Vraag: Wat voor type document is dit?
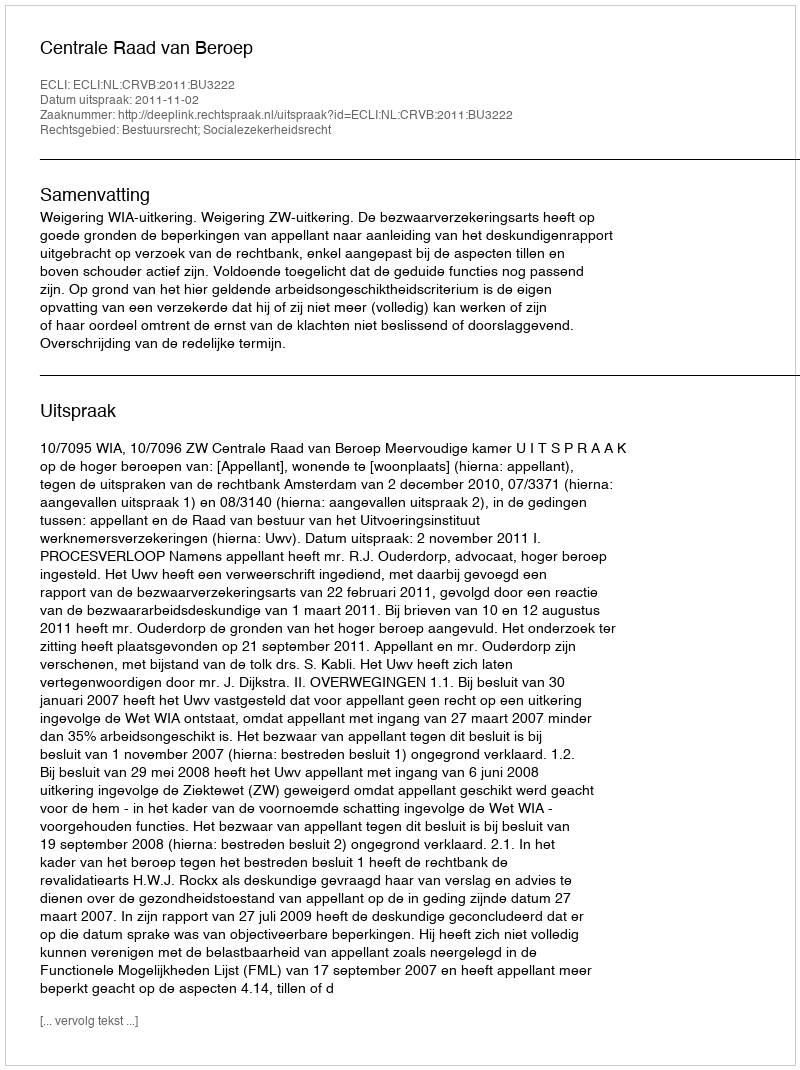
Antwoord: Uitspraak